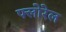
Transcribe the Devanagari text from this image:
फ्लोरेल